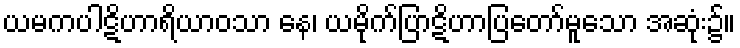
ယမကပါဋိဟာရိယာဝသာ နေ၊ ယမိုက်ပြာဋိဟာပြတော်မူသော အဆုံး၌။